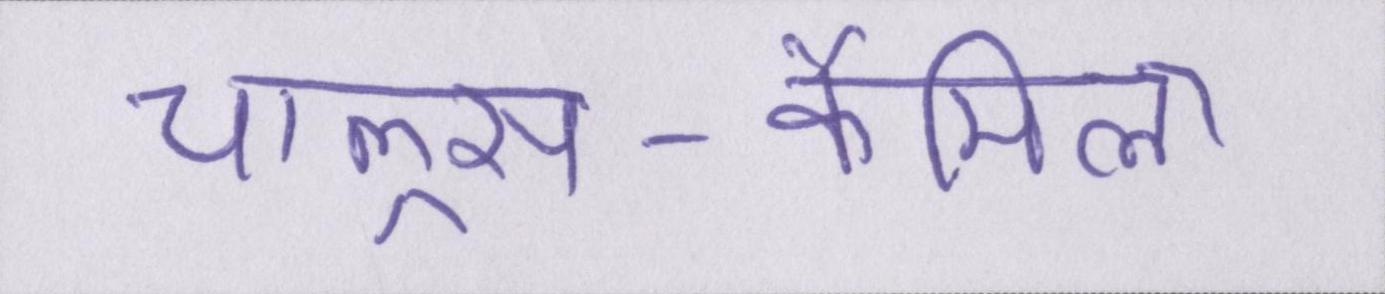
चाल्र्स-कैमिला